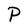
Character: P